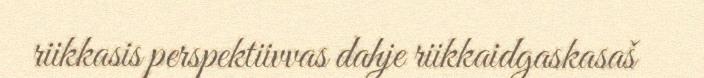
riikkasis perspektiivvas dahje riikkaidgaskasaš